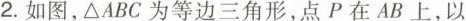
2.如图，△ABC为等边三角形，点P在AB上，以